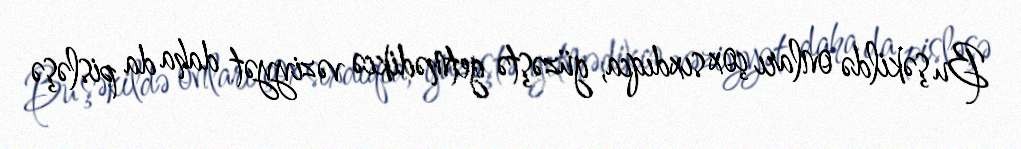
Bu şəkildə onları çox sıxdıqca, güzəştə getmədikcə vəziyyət daha da pisləşə